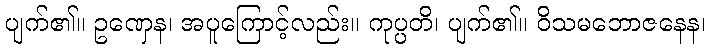
ပျက်၏။ ဥဏှေန၊ အပူကြောင့်လည်း။ ကုပ္ပတိ၊ ပျက်၏။ ဝိသမဘောဇနေန၊